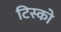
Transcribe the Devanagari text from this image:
टिस्‍को